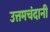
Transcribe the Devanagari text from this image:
उत्तमचंदानी